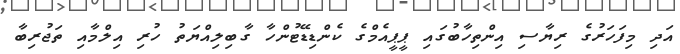
އަދި މިފަހަރުގެ ރިޔާސި އިންތިހާބުގައި ޕީޕީއެމްގެ ކެންޑިޑޭޓުންހާ ގާބިލިއްޔަތު ހުރި އިލްމާއި ތަޖުރިބާ